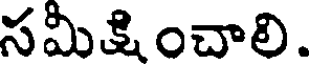
సమీక్షించాలి.